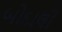
બોદાલી